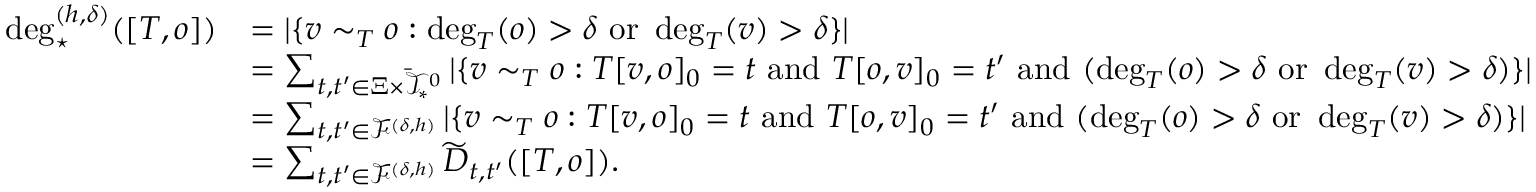
\begin{array} { r l } { \deg _ { \star } ^ { ( h , \delta ) } ( [ T , o ] ) } & { = | \{ v \sim _ { T } o : \deg _ { T } ( o ) > \delta \mathrm { ~ o r ~ } \deg _ { T } ( v ) > \delta \} | } \\ & { = \sum _ { t , t ^ { \prime } \in \Xi \times \bar { \mathcal { T } } _ { * } ^ { 0 } } | \{ v \sim _ { T } o : T [ v , o ] _ { 0 } = t \mathrm { ~ a n d ~ } T [ o , v ] _ { 0 } = t ^ { \prime } \mathrm { ~ a n d ~ } ( \deg _ { T } ( o ) > \delta \mathrm { ~ o r ~ } \deg _ { T } ( v ) > \delta ) \} | } \\ & { = \sum _ { t , t ^ { \prime } \in \mathcal { F } ^ { ( \delta , h ) } } | \{ v \sim _ { T } o : T [ v , o ] _ { 0 } = t \mathrm { ~ a n d ~ } T [ o , v ] _ { 0 } = t ^ { \prime } \mathrm { ~ a n d ~ } ( \deg _ { T } ( o ) > \delta \mathrm { ~ o r ~ } \deg _ { T } ( v ) > \delta ) \} | } \\ & { = \sum _ { t , t ^ { \prime } \in \mathcal { F } ^ { ( \delta , h ) } } \widetilde { D } _ { t , t ^ { \prime } } ( [ T , o ] ) . } \end{array}